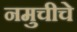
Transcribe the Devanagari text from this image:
नमुचीचे